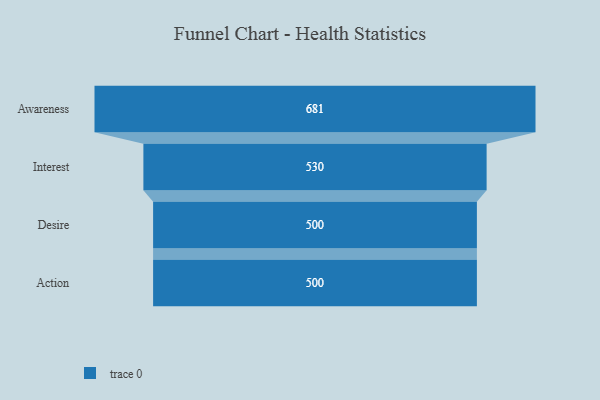
{"axis": {"x": "Stage", "y": "Value"}, "legend": [""], "data": [{"x": "Awareness", "y": 681.0, "type": ""}, {"x": "Interest", "y": 530.0, "type": ""}, {"x": "Desire", "y": 500, "type": ""}, {"x": "Action", "y": 500, "type": ""}]}